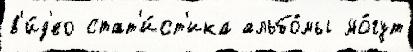
в'и́д'ео стат'и́ст'ика альбо́мы мо́гут